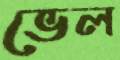
ভেল